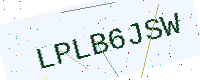
Text: LPLB6JSW